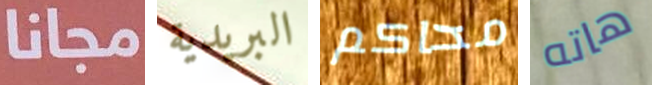
مجانا البريدية محاكم هاته